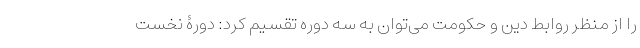
را از منظر روابط دین و حکومت می‌توان به سه دوره تقسیم کرد: دورۀ نخست